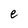
Character: e